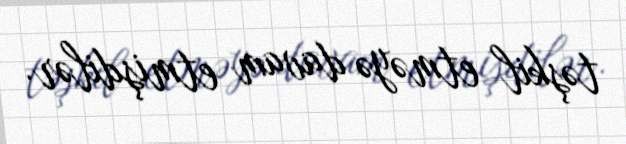
təşkil etməyə davam etmişdilər.